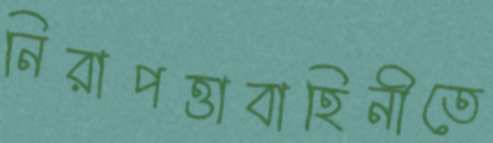
নিরাপত্তাবাহিনীতে